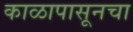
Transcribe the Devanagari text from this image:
काळापासूनचा